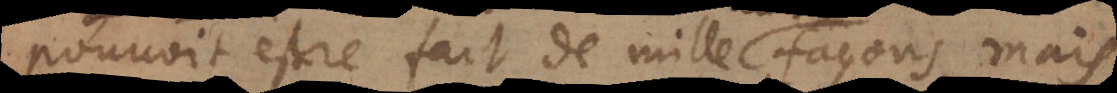
pouvoit estre fait de mille façons, mais